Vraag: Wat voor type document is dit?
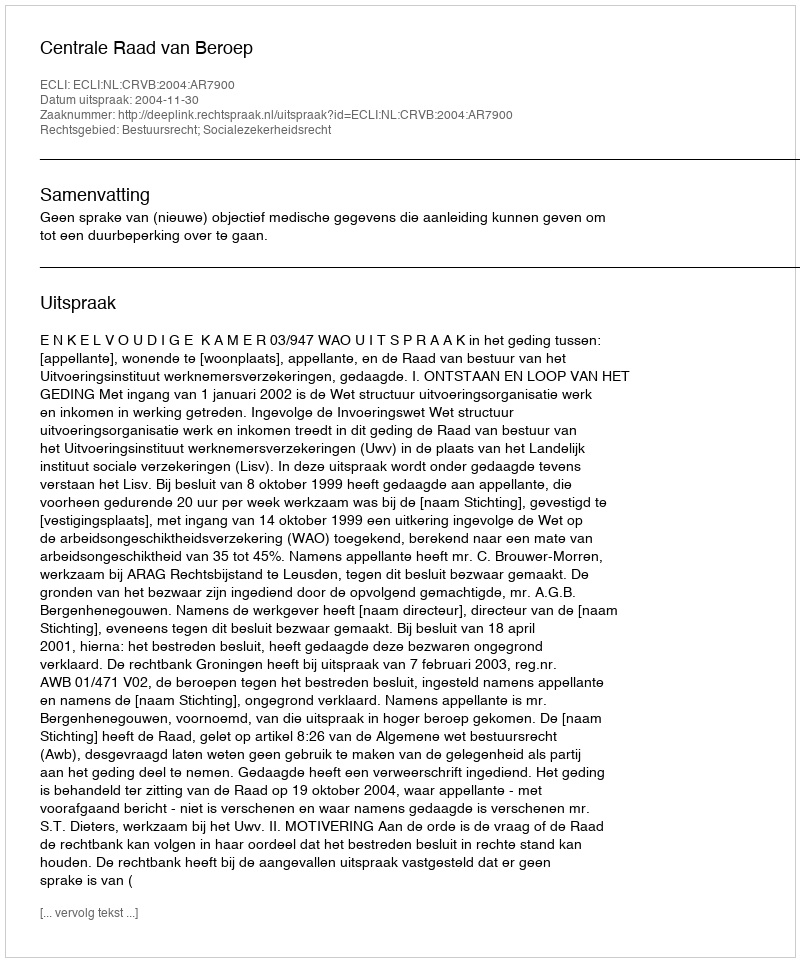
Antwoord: Uitspraak